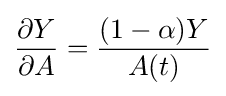
{\frac {\partial Y}{\partial A}}={\frac {(1-{\alpha })Y}{A(t)}}